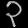
Digit: ၃